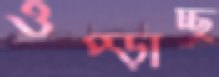
ওপ্‌ড়াচ্ছ